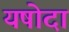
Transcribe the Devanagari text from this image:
यषोदा